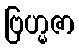
ဗြဟ္မဇာ